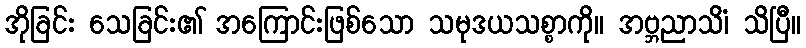
အိုခြင်း သေခြင်း၏ အကြောင်းဖြစ်သော သမုဒယသစ္စာကို။ အဗ္ဘညာသိံ၊ သိပြီ။